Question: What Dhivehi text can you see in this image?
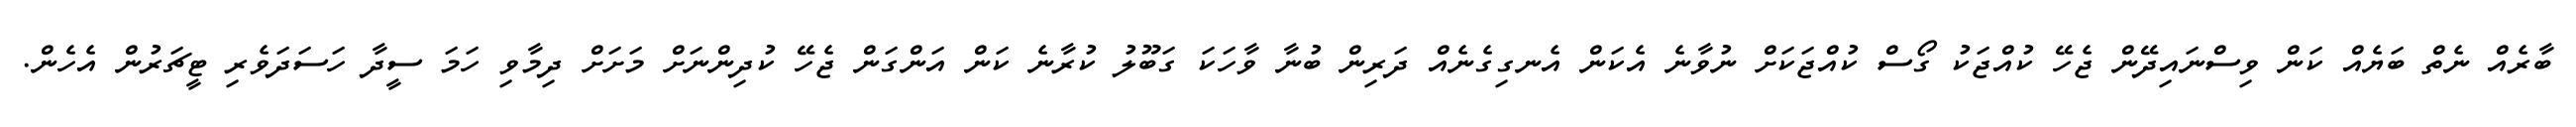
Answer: ބާރެއް ނެތް ބަޔެއް ކަން ވިސްނައިދޭން ޖެހޭ ކުއްޖަކު ގޯސް ކުއްޖަކަށް ނުވާނެ އެކަން އެނގިގެނެއް ދަރިން ބުނާ ވާހަކަ ގަބޫލު ކުރާނެ ކަން އަންގަން ޖެހޭ ކުދިންނަށް މަށަށް ދިމާވި ހަމަ ސީދާ ހަސަދަވެރި ޓީޗަރުން އެހެން.